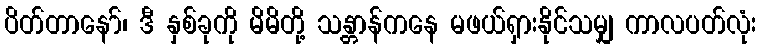
ပိတ်တာနော်၊ ဒီ နှစ်ခုကို မိမိတို့ သန္တာန်ကနေ မဖယ်ရှားနိုင်သမျှ ကာလပတ်လုံး